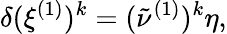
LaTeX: \delta(\xi^{(1)})^{k}=(\tilde{\nu}^{(1)})^{k}\eta,